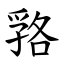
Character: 嗠